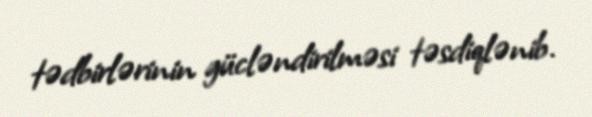
tədbirlərinin gücləndirilməsi təsdiqlənib.